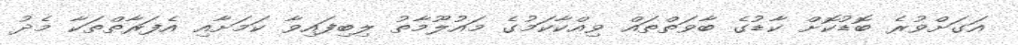
އަގަށްވުރެ ބޮޑުކޮށް ކާޑުގެ ބާވަތްތައް ވިއްކާކަމުގެ މައުލޫމާތު ލިބިފައިވާ ކަމަށާއި އެފަރާތްތަކާ މެދު